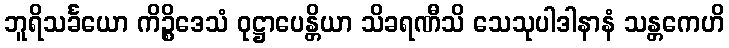
ဘူရိသင်္ခယော ကိဉ္စိဒေသံ ဝုဋ္ဌာပေန္တိယာ သိခရဏီသိ သေသုပါဒါနာနံ သန္တကေဟိ